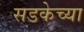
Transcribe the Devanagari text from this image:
सडकेच्या